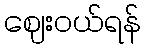
ဈေးဝယ်ရန်